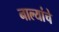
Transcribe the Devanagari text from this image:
नाल्यांचे